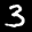
Label: 3